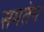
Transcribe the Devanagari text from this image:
समतेन